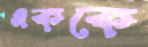
এককে